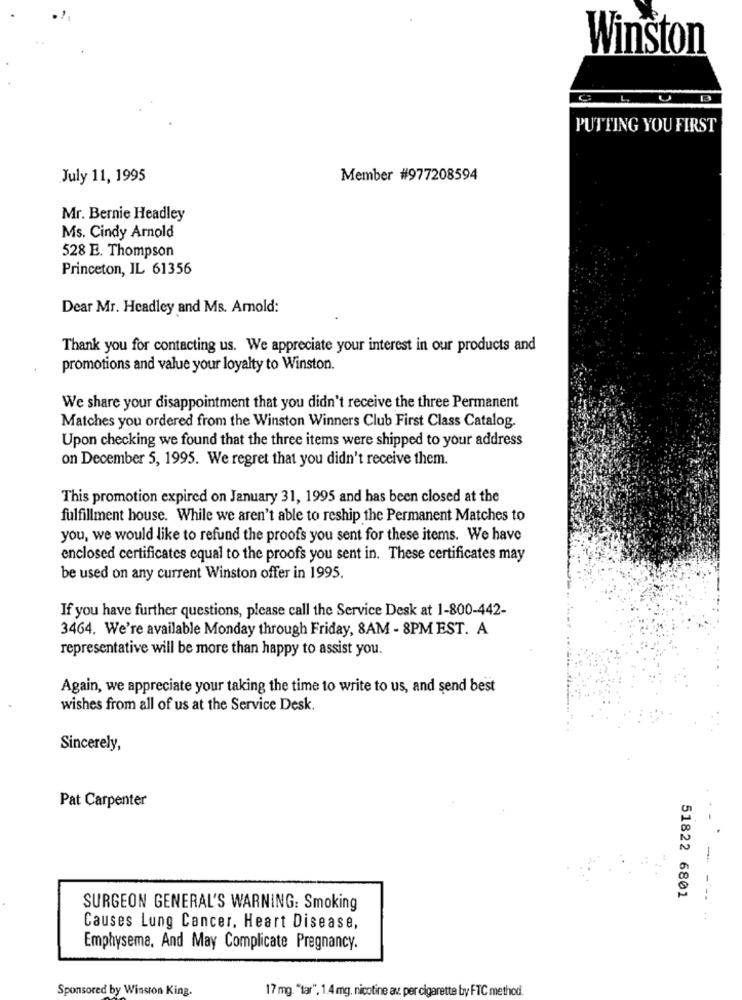
Winston
0
PUTTING YOU FIRST
July 11, 1995
Member #977208594
Mr. Bernie Headley
Ms. Cindy Arnold
528 E. Thompson
Princeton, IL 61356
Dear Mr. Headley and Ms. Amold:
Thank you for contacting us. We appreciate your interest in our products and
promotions and value your loyalty to Winston.
We share your disappointment that you didn't receive the three Permanent
Matches you ordered from the Winston Winners Club First Class Catalog.
Upon checking we found that the three items were shipped to your address
on December 5, 1995. We regret that you didn't receive them.
This promotion expired on January 31, 1995 and has been closed at the
fulfillment house. While we aren't able to reship the Permanent Matches to
you, we would like to refund the proofs you sent for these items. We have
enclosed certificates equal to the proofs you sent in. These certificates may
be used on any current Winston offer in 1995.
If you have further questions, please call the Service Desk at 1-800-442-
3464. We're available Monday through Friday, 8AM - 8PM EST. A
representative will be more than happy to assist you.
Again, we appreciate your taking the time to write to us, and send best
wishes from all of us at the Service Desk.
Sincerely,
Pat Carpenter
-
51822 6801
---
SURGEON GENERAL'S WARNING: Smoking
:
Causes Lung Cancer, Heart Disease,
Emphysema, And May Complicate Pregnancy.
Sponsored by Winston King.
17 mg. "tar", 1.4 mg. nicotine av. per cigarette by FTC method.